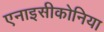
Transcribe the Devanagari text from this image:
एनाइसीकोनिया